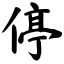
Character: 停